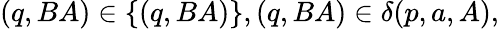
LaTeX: (q,BA)\in\{ (q,BA)\} ,(q,BA)\in\delta(p,a,A),